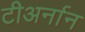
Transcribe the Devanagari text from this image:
टीअर्नान